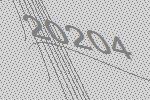
20204